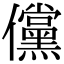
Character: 儻